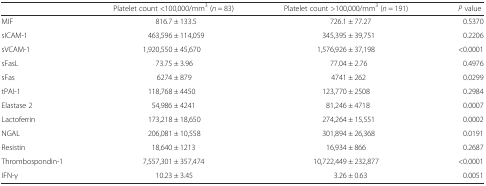
<table><thead><tr><td></td><td><b>Platelet count &lt;100,000/mm<sup>3</sup> (<i>n</i> = 83)</b></td><td><b>Platelet count &gt;100,000/mm<sup>3</sup> (<i>n</i> = 191)</b></td><td><b><i>P</i> value</b></td></tr></thead><tbody><tr><td>MIF</td><td>816.7 ± 133.5</td><td>726.1 ± 77.27</td><td>0.5370</td></tr><tr><td>sICAM-1</td><td>463,596 ± 114,059</td><td>345,395 ± 39,751</td><td>0.2206</td></tr><tr><td>sVCAM-1</td><td>1,920,550 ± 45,670</td><td>1,576,926 ± 37,198</td><td>&lt;0.0001</td></tr><tr><td>sFasL</td><td>73.75 ± 3.96</td><td>77.04 ± 2.76</td><td>0.4976</td></tr><tr><td>sFas</td><td>6274 ± 879</td><td>4741 ± 262</td><td>0.0299</td></tr><tr><td>tPAI-1</td><td>118,768 ± 4450</td><td>123,770 ± 2508</td><td>0.2984</td></tr><tr><td>Elastase 2</td><td>54,986 ± 4241</td><td>81,246 ± 4718</td><td>0.0007</td></tr><tr><td>Lactoferrin</td><td>173,218 ± 18,650</td><td>274,264 ± 15,551</td><td>0.0002</td></tr><tr><td>NGAL</td><td>206,081 ± 10,558</td><td>301,894 ± 26,368</td><td>0.0191</td></tr><tr><td>Resistin</td><td>18,640 ± 1213</td><td>16,934 ± 866</td><td>0.2687</td></tr><tr><td>Thrombospondin-1</td><td>7,557,301 ± 357,474</td><td>10,722,449 ± 232,877</td><td>&lt;0.0001</td></tr><tr><td>IFN-γ</td><td>10.23 ± 3.45</td><td>3.26 ± 0.63</td><td>0.0051</td></tr></tbody></table>